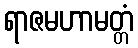
ရာဇမဟာမတ္တံ